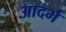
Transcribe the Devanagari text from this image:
आदर्भ